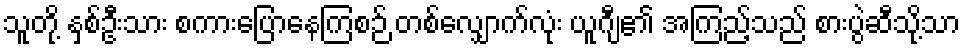
သူတို့ နှစ်ဦးသား စကားပြောနေကြစဉ် တစ်လျှောက်လုံး ယူဂျီ၏ အကြည့်သည် စားပွဲဆီသို့သာ